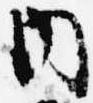
内